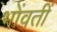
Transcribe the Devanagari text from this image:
भोंवतीं